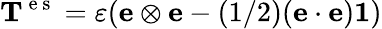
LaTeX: {\mathbf T}^{\mathrm{~e~s~}}=\varepsilon(\textbf{e}\otimes\textbf{e}-(1/2)(\textbf{e}\cdot{\textbf{e})\mathbf{1}})